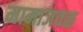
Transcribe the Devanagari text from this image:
मामाजवळ